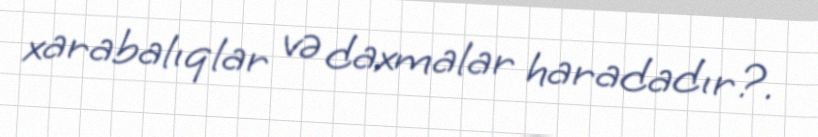
xarabalıqlar və daxmalar haradadır?.